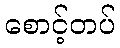
စောင့်တပ်